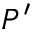
P ^ { \prime }